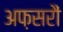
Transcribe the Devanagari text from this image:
अफ़सरौं